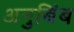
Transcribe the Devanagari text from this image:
अनुबिंब